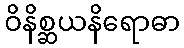
ဝိနိစ္ဆယနိရောဓာ